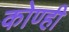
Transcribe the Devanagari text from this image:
कोण्ही